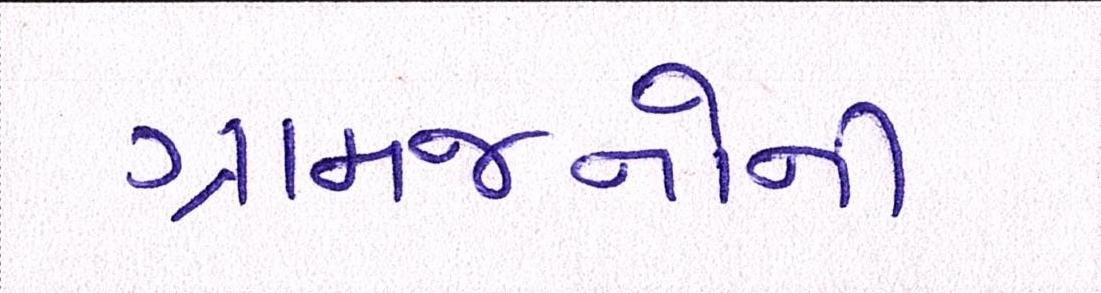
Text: ગ્રામજનોની